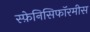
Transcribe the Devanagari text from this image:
स्फ़ेनिसिफॉरमीस